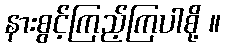
နားစွင့်ကြည့်ကြပါစို့ ။